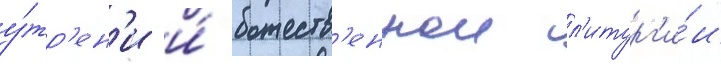
у́тр'ен'и и́ божеств'еннои л'итург'и́и